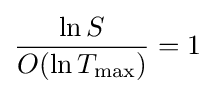
{\frac {\ln S}{O(\ln T_{\max })}}=1\